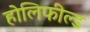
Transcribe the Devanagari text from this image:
होलिफील्ड